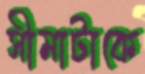
সীমাটাকে